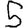
Digit: 5